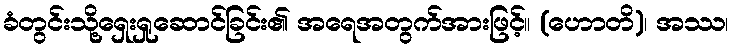
ခံတွင်းသို့ရှေးရှုဆောင်ခြင်း၏ အရေအတွက်အားဖြင့်။ (ဟောတိ)၊ အဿ၊